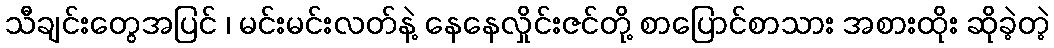
သီချင်းတွေအပြင် ၊ မင်းမင်းလတ်နဲ့ နေနေလှိုင်းဇင်တို့ စာပြောင်စာသား အစားထိုး ဆိုခဲ့တဲ့